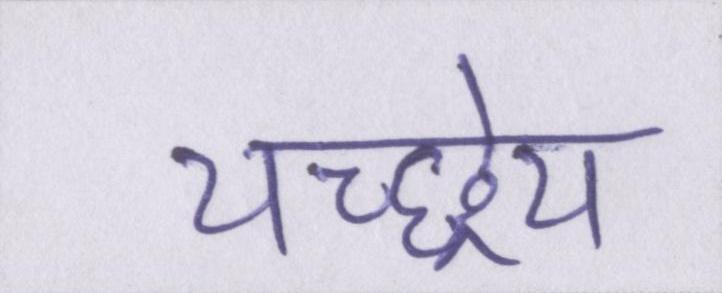
यच्छ्रेय